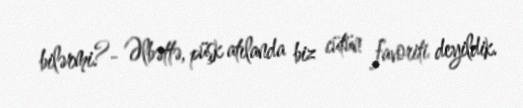
bilərmi?- Əlbəttə, püşk atılanda biz cütün favoriti deyildik.